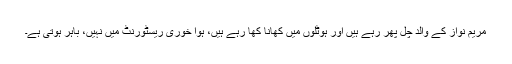
مریم نواز کے والد چل پھر رہے ہیں اور ہوٹلوں میں کھانا کھا رہے ہیں، ہوا خوری ریسٹورنٹ میں نہیں، باہر ہوتی ہے۔